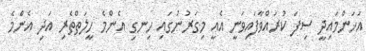
އަހަންމައިދީ ސިފަ ކުރައްވާފައިވަނީ އެއީ މިގަރުނުގައި ހިނގި އެންމެ ހީލަތްތެރި އަދި އެންމެ